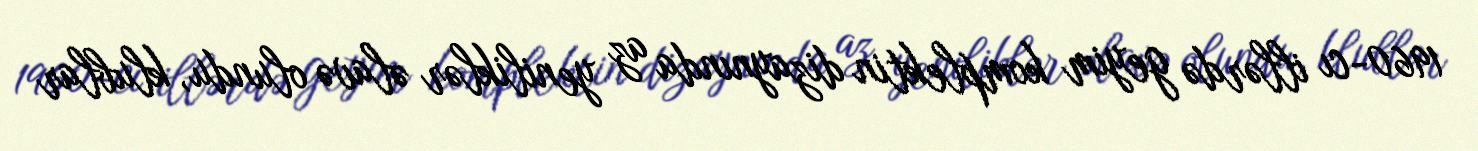
1960-cı illərdə geyim komplektin dizaynında az yeniliklər əlavə olundu, klublar